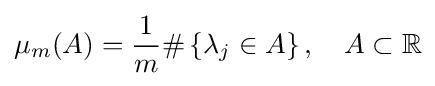
\mu _{m}(A)={\frac {1}{m}}\#\left\{\lambda _{j}\in A\right\},\quad A\subset \mathbb {R}